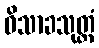
ဝိသာခသုတ္တံ